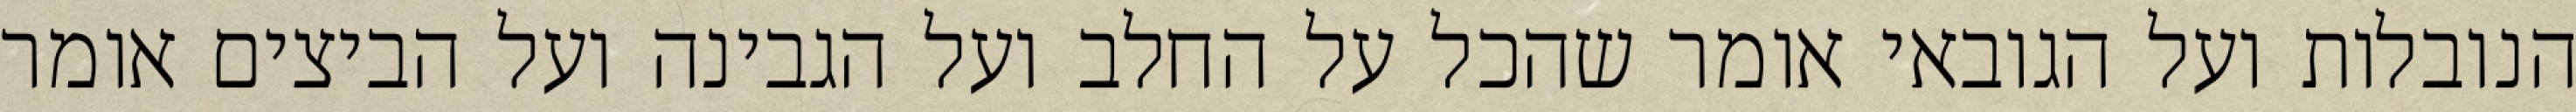
הנובלות ועל הגובאי אומר שהכל על החלב ועל הגבינה ועל הביצים אומר